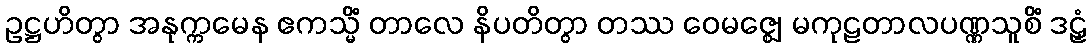
ဥဋ္ဌဟိတွာ အနုက္ကမေန ဧကသ္မိံ တာလေ နိပတိတွာ တဿ ဝေမဇ္ဈေ မကုဠတာလပဏ္ဏသူစိံ ဒဠှံ